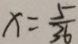
x = \frac { 5 } { 3 6 }